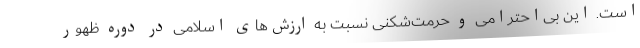
است. این بی‌احترامی و حرمت‌شکنی نسبت به ارزش‌های اسلامی در دوره ظهور